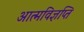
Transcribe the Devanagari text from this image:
आत्मविज्ञप्ति